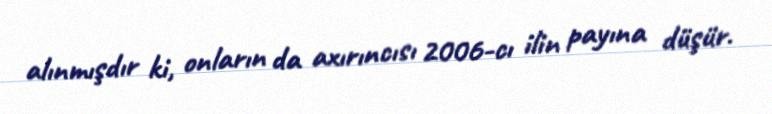
alınmışdır ki, onların da axırıncısı 2006-cı ilin payına düşür.